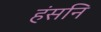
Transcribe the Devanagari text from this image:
हंसनि